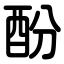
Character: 酚